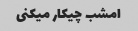
امشب چیکار میکنی